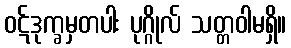
ဝဋ်ဒုက္ခမှတပါး ပုဂ္ဂိုလ် သတ္တဝါမရှိ။